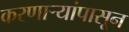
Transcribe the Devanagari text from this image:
करणाऱ्यांपासून